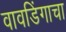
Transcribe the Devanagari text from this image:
वावडिंगाचा